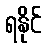
ရနိုင်